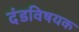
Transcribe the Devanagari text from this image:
दंडविषयक